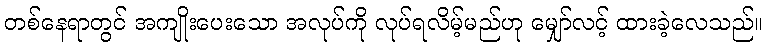
တစ်နေရာတွင် အကျိုးပေးသော အလုပ်ကို လုပ်ရလိမ့်မည်ဟု မျှော်လင့် ထားခဲ့လေသည်။